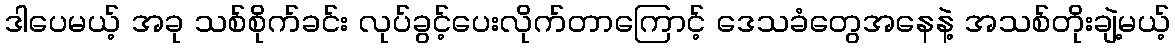
ဒါပေမယ့် အခု သစ်စိုက်ခင်း လုပ်ခွင့်ပေးလိုက်တာကြောင့် ဒေသခံတွေအနေနဲ့ အသစ်တိုးချဲ့မယ့်